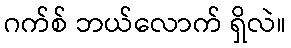
ဂက်စ် ဘယ်လောက် ရှိလဲ။